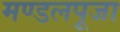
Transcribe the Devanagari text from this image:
मण्डलपूजा